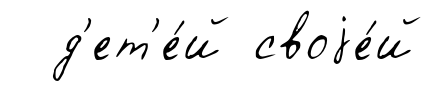
д'ет'е́й своjе́й